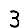
Digit: 3